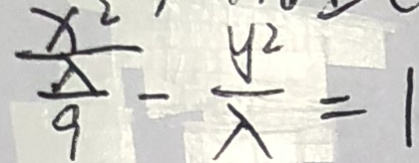
\frac { x ^ { 2 } } { \frac { \lambda } { 9 } } - \frac { y ^ { 2 } } { \lambda } = 1